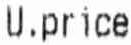
U.PRICE